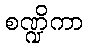
စဏ္ဍိကာ